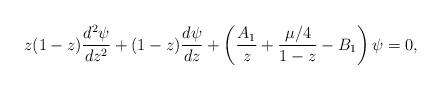
LaTeX: \begin{align*}z(1-z) {{d^2 \psi} \over dz^2}+(1-z) {{d \psi} \over d z}+\left ( {A_1 \over z} +{{\mu/4} \over 1-z} -B_1 \right ) \psi=0,\end{align*}